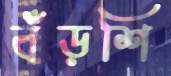
বঁড়শি